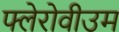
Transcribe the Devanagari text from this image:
फ्लेरोवीउम